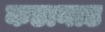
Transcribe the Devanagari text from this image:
कडानाड